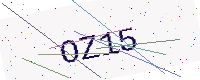
Text: OZ15